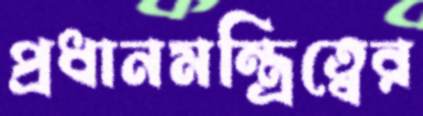
প্রধানমন্ত্রিত্বের